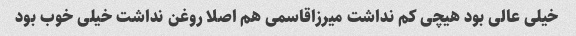
خیلی عالی بود هیچی کم نداشت میرزاقاسمی هم اصلا روغن نداشت خیلی خوب بود